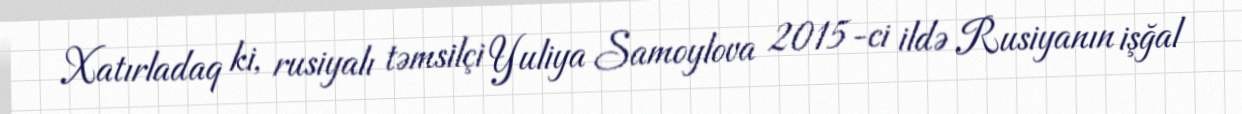
Xatırladaq ki, rusiyalı təmsilçi Yuliya Samoylova 2015-ci ildə Rusiyanın işğal